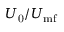
U _ { \mathrm { 0 } } / U _ { \mathrm { m f } }